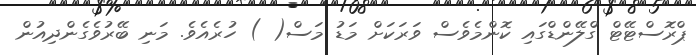
ޕްރޮސްޓޭޓް ގްލޭންޑްގައި ކޮންމެވެސް ވަރަކަށް މަޑު މަސް( ) ހުރެެއެވެ. މަނި ބޭރުވެގެންދިއުން